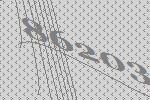
86203